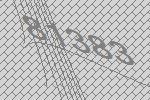
81383